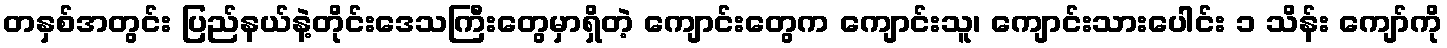
တနှစ်အတွင်း ပြည်နယ်နဲ့တိုင်းဒေသကြီးတွေမှာရှိတဲ့ ကျောင်းတွေက ကျောင်းသူ၊ ကျောင်းသားပေါင်း ၁ သိန်း ကျော်ကို